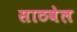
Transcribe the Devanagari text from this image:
साठवेल